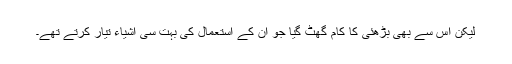
لیکن اس سے بھی بڑھئی کا کام گھٹ گیا جو اُن کے استعمال کی بہت سی اشیاء تیار کرتے تھے۔